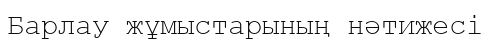
Барлау жұмыстарының нәтижесі